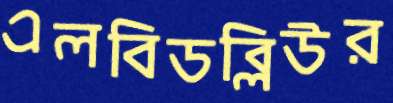
এলবিডব্লিউর